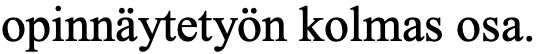
opinnäytetyön kolmas osa.